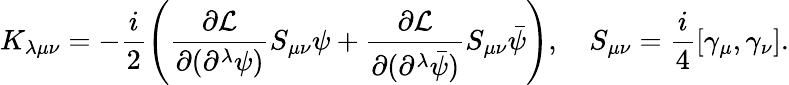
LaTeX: K_{\lambda\mu\nu}=-\frac{i}{2}\left(\frac{\partial\mathcal{L}}{\partial(\partial^{\lambda}\psi)}S_{\mu\nu}\psi+\frac{\partial\mathcal{L}}{\partial(\partial^{\lambda}\bar{\psi})}S_{\mu\nu}\bar{\psi}\right),\quad S_{\mu\nu}=\frac{i}{4}\left[\gamma_{\mu},\gamma_{\nu}\right].